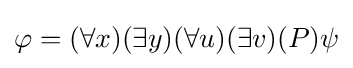
\varphi =(\forall x)(\exists y)(\forall u)(\exists v)(P)\psi